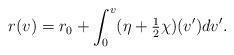
LaTeX: \begin{align*} r(v)=r_0+\int_0^v(\eta+\tfrac{1}{2}\chi)(v')dv'.\end{align*}